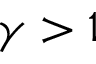
\gamma > 1